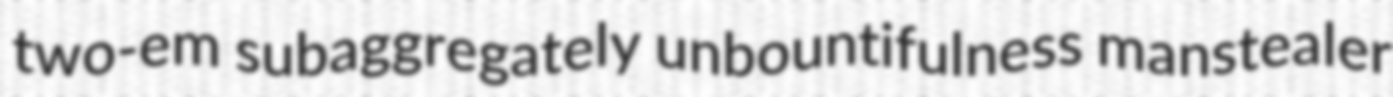
two-em subaggregately unbountifulness manstealer